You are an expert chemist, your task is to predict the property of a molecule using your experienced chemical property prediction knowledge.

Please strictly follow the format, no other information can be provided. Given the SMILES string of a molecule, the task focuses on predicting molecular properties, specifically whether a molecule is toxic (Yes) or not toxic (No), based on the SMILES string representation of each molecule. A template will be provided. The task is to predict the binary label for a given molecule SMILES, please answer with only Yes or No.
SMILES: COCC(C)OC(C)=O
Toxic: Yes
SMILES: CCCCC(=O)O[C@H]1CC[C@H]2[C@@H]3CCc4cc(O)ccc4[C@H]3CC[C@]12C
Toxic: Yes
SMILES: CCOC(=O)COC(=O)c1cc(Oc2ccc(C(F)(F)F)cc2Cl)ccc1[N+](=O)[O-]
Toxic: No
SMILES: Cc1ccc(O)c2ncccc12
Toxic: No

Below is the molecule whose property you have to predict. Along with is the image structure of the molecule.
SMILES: CNC(=S)[S-]
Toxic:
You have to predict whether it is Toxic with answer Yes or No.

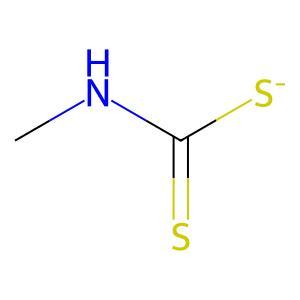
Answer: No